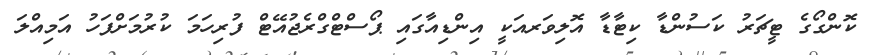
ކޮންގޯގެ ޓީޗަރު ކަސުންޑާ ކިޓާޑާ އޮލިވަރއަކީ އިންޑިއާގައި ޕޯސްޓްގްރެޖުއޭޓް ފުރިހަމަ ކުރުމަށްފަހު އަމިއްލަ